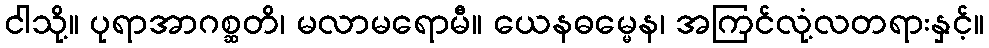
ငါသို့။ ပုရာအာဂစ္ဆတိ၊ မလာမရောမီ။ ယေနဓမ္မေန၊ အကြင်လုံ့လတရားနှင့်။